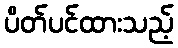
ပိတ်ပင်ထားသည့်